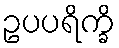
ဥပပရိက္ခိ